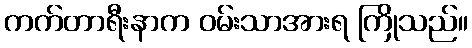
ကက်တာရီးနာက ဝမ်းသာအားရ ကြိုသည်။